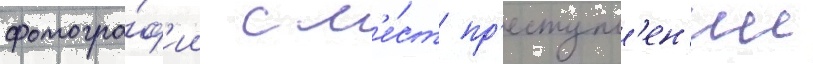
фотогра́ф'ии с м'е́ст пр'еступл'ен'ии